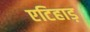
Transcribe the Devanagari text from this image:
एटिहाड़